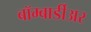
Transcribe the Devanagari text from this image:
बॉम्बार्डीअर